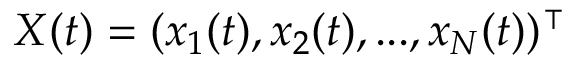
X ( t ) = ( x _ { 1 } ( t ) , x _ { 2 } ( t ) , . . . , x _ { N } ( t ) ) ^ { \intercal }